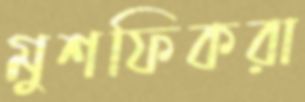
মুশফিকরা